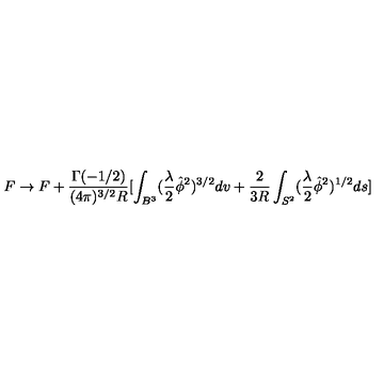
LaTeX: F \rightarrow F + \frac { \Gamma ( - 1 / 2 ) } { ( 4 \pi ) ^ { 3 / 2 } R } [ \int _ { B ^ { 3 } } ( \frac { \lambda } { 2 } \hat { \phi } ^ { 2 } ) ^ { 3 / 2 } d v + \frac { 2 } { 3 R } \int _ { S ^ { 2 } } ( \frac { \lambda } { 2 } \hat { \phi } ^ { 2 } ) ^ { 1 / 2 } d s ]